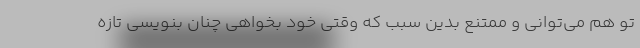
تو هم می‌توانی و ممتنع بدین سبب که وقتی خود بخواهی چنان بنویسی تازه